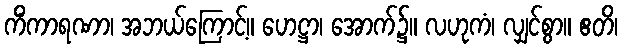
ကိံကာရဏာ၊ အဘယ်ကြောင့်။ ဟေဋ္ဌာ၊ အောက်၌။ လဟုကံ၊ လျှင်စွာ။ ဧတိ၊